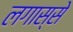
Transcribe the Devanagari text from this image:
लगास्से